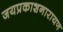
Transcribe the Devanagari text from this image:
जयप्रकाशनारायण